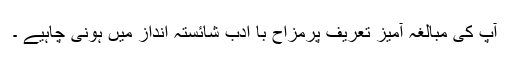
آپ کی مبالغہ آمیز تعریف پرمزاح با ادب شائستہ انداز میں ہونی چاہیے ۔